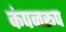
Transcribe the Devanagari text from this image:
कंपनरूप